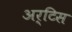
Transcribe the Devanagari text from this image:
अर्टिस